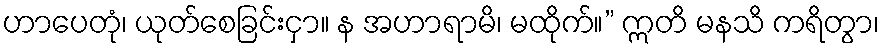
ဟာပေတုံ၊ ယုတ်စေခြင်းငှာ။ န အဟာရာမိ၊ မထိုက်။” ဣတိ မနသိ ကရိတွာ၊